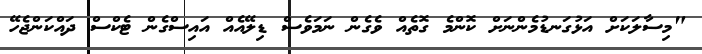
"މިސާލަކަށް އަޅުގަނޑުމެންނަށް ކޮންމެ ގޮތެއް ވެގެން ނަމަވެސް ޑިލޭއެއް އައިސްގެން ޓެކްސް ދައްކަންޖެހޭ